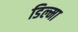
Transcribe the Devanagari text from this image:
डिल्मा